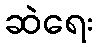
ဆဲရေး